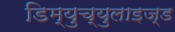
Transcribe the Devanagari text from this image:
डिम्युच्युलाइज्ड